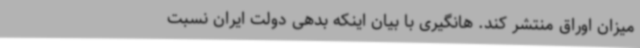
میزان اوراق منتشر کند. هانگیری با بیان اینکه بدهی دولت ایران نسبت